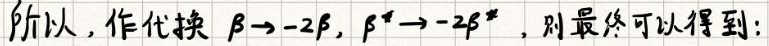
所以，作代换 $\beta\to -2\beta,\ \beta^*\to -2\beta^*$，则最终可以得到：